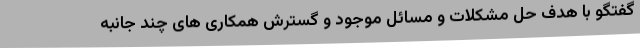
گفتگو با هدف حل مشکلات و مسائل موجود و گسترش همکاری های چند جانبه